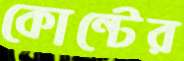
কোন্টের